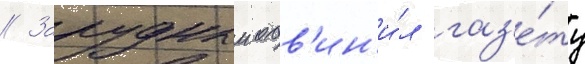
// Зарудныи обв'ин'и́л газ'е́ту